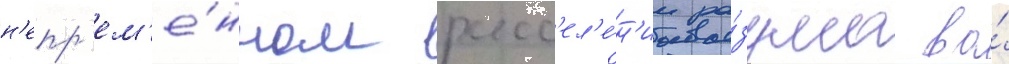
н'епр'ем'е́нном расс'ел'е́н'ии ра́зума во́